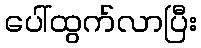
ပေါ်ထွက်လာပြီး